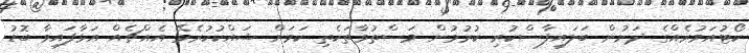
ކޯޓުއަމުރެއްގެ ދަށުން ބަލައިފާސްކުރި ކުރުމުން މަސްތުވާތަކެތި ކަމަށް ޝައްކުކުރެވޭ އެއްޗެއް އަޅާފައިވާ ބޮޑު